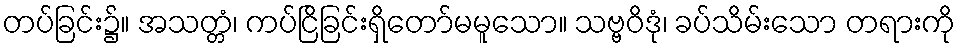
တပ်ခြင်း၌။ အသတ္တံ၊ ကပ်ငြိခြင်းရှိတော်မမူသော။ သဗ္ဗဝိဒုံ၊ ခပ်သိမ်းသော တရားကို